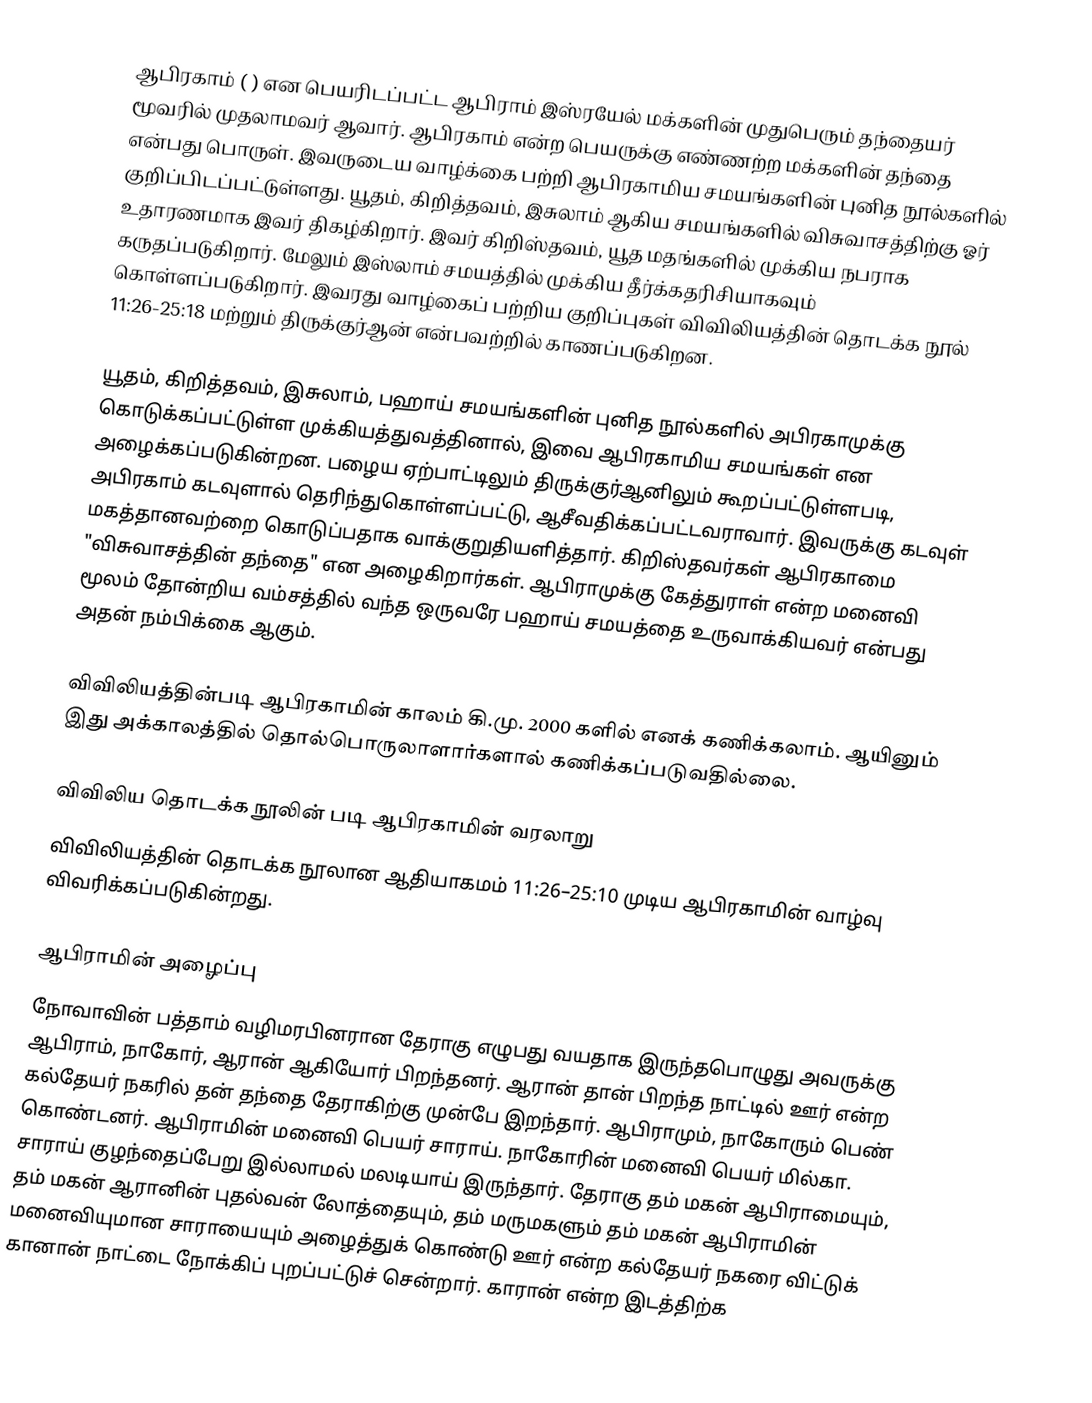
ஆபிரகாம் ( ) என பெயரிடப்பட்ட ஆபிராம் இஸ்ரயேல் மக்களின் முதுபெரும் தந்தையர் மூவரில் முதலாமவர் ஆவார். ஆபிரகாம் என்ற பெயருக்கு எண்ணற்ற மக்களின் தந்தை என்பது பொருள். இவருடைய வாழ்க்கை பற்றி ஆபிரகாமிய சமயங்களின் புனித நூல்களில் குறிப்பிடப்பட்டுள்ளது. யூதம், கிறித்தவம், இசுலாம் ஆகிய சமயங்களில் விசுவாசத்திற்கு ஓர் உதாரணமாக இவர் திகழ்கிறார். இவர் கிறிஸ்தவம், யூத மதங்களில் முக்கிய நபராக கருதப்படுகிறார். மேலும் இஸ்லாம் சமயத்தில் முக்கிய தீர்க்கதரிசியாகவும் கொள்ளப்படுகிறார். இவரது வாழ்கைப் பற்றிய குறிப்புகள் விவிலியத்தின் தொடக்க நூல் 11:26-25:18 மற்றும் திருக்குர்ஆன் என்பவற்றில் காணப்படுகிறன.

யூதம், கிறித்தவம், இசுலாம், பஹாய் சமயங்களின் புனித நூல்களில் அபிரகாமுக்கு கொடுக்கப்பட்டுள்ள முக்கியத்துவத்தினால், இவை ஆபிரகாமிய சமயங்கள் என அழைக்கப்படுகின்றன. பழைய ஏற்பாட்டிலும் திருக்குர்ஆனிலும் கூறப்பட்டுள்ளபடி, அபிரகாம் கடவுளால் தெரிந்துகொள்ளப்பட்டு, ஆசீவதிக்கப்பட்டவராவார். இவருக்கு கடவுள் மகத்தானவற்றை கொடுப்பதாக வாக்குறுதியளித்தார். கிறிஸ்தவர்கள் ஆபிரகாமை "விசுவாசத்தின் தந்தை" என அழைகிறார்கள். ஆபிராமுக்கு கேத்துராள் என்ற மனைவி மூலம் தோன்றிய வம்சத்தில் வந்த ஒருவரே பஹாய் சமயத்தை உருவாக்கியவர் என்பது அதன் நம்பிக்கை ஆகும்.

விவிலியத்தின்படி ஆபிரகாமின் காலம் கி.மு. 2000 களில் எனக் கணிக்கலாம். ஆயினும் இது அக்காலத்தில் தொல்பொருலாளார்களால் கணிக்கப்படுவதில்லை.

விவிலிய தொடக்க நூலின் படி ஆபிரகாமின் வரலாறு
விவிலியத்தின் தொடக்க நூலான ஆதியாகமம் 11:26–25:10 முடிய ஆபிரகாமின் வாழ்வு விவரிக்கப்படுகின்றது.

ஆபிராமின் அழைப்பு
நோவாவின் பத்தாம் வழிமரபினரான தேராகு  எழுபது வயதாக இருந்தபொழுது அவருக்கு ஆபிராம், நாகோர், ஆரான் ஆகியோர் பிறந்தனர். ஆரான் தான் பிறந்த நாட்டில் ஊர் என்ற கல்தேயர் நகரில் தன் தந்தை தேராகிற்கு முன்பே இறந்தார். ஆபிராமும், நாகோரும் பெண் கொண்டனர். ஆபிராமின் மனைவி பெயர் சாராய். நாகோரின் மனைவி பெயர் மில்கா. சாராய் குழந்தைப்பேறு இல்லாமல் மலடியாய் இருந்தார். தேராகு தம் மகன் ஆபிராமையும், தம் மகன் ஆரானின் புதல்வன் லோத்தையும், தம் மருமகளும் தம் மகன் ஆபிராமின் மனைவியுமான சாராயையும் அழைத்துக் கொண்டு ஊர் என்ற கல்தேயர் நகரை விட்டுக் கானான் நாட்டை நோக்கிப் புறப்பட்டுச் சென்றார். காரான் என்ற இடத்திற்க